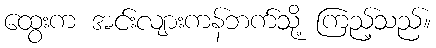
ထွေးက အင်းလျားကန်ဘက်သို့ ကြည့်သည်။